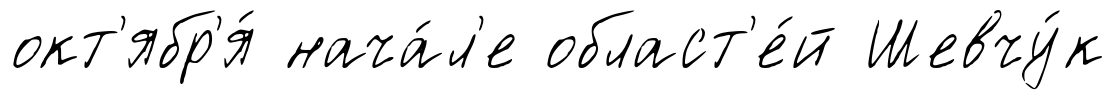
окт'ябр'я́ нача́л'е област'е́й Шевчу́к